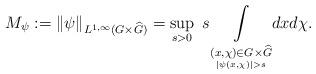
LaTeX: \begin{align*} M_\psi:= \|\psi\|_{L^{1, \infty}(G\times\widehat{G})}=\sup_{s>0} \ s \underset{ \underset{|\psi(x,\chi)|> s}{(x,\chi)\in G\times\widehat{G}}}{ \int} dx d\chi.\end{align*}